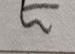
Signature authenticity: forged